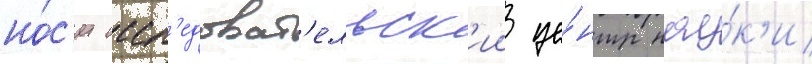
но́с'ит иссл'едоват'ельск'ии це́нтр нау́к'и